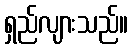
ရှည်လျားသည်။